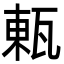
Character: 㼯